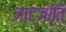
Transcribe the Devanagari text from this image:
जाटजाति